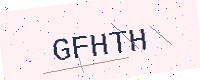
Text: GFHTH